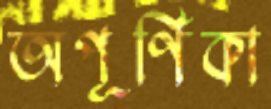
অপূর্ণিকা